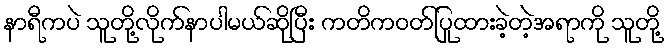
နာရီကပဲ သူတို့လိုက်နာပါမယ်ဆိုပြီး ကတိကဝတ်ပြုထားခဲ့တဲ့အရာကို သူတို့